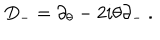
D _ { - } = \partial _ { \theta } - 2 i \theta \partial _ { - } \ .